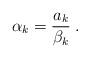
LaTeX: \begin{align*}\alpha_k=\frac{a_k}{\beta_k}\;.\end{align*}